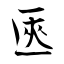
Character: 匧